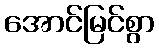
အောင်မြင်စွာ